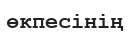
өкпесінің